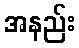
အနည်း